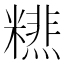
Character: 𥼞